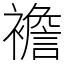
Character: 襜